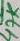
Text: 47K